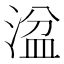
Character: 湓